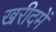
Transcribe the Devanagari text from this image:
खरीदमें